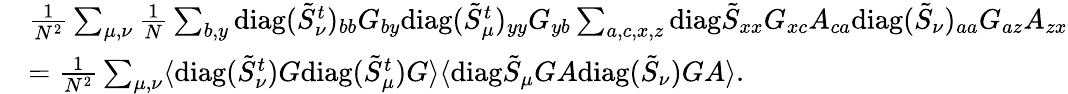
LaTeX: \begin{array}{rl}&{\frac{1}{N^{2}}\sum_{\mu,\nu}\frac{1}{N}\sum_{b,y}\mathrm{diag}(\tilde{S}_{\nu}^{t})_{bb}G_{by}\mathrm{diag}(\tilde{S}_{\mu}^{t})_{yy}G_{yb}\sum_{a,c,x,z}\mathrm{diag}\tilde{S}_{xx}G_{xc}A_{ca}\mathrm{diag}(\tilde{S}_{\nu})_{aa}G_{az}A_{zx}}\\ &{=\frac{1}{N^{2}}\sum_{\mu,\nu}\langle\mathrm{diag}(\tilde{S}_{\nu}^{t})G\mathrm{diag}(\tilde{S}_{\mu}^{t})G\rangle\langle\mathrm{diag}\tilde{S}_{\mu}GA\mathrm{diag}(\tilde{S}_{\nu})GA\rangle.}\end{array}